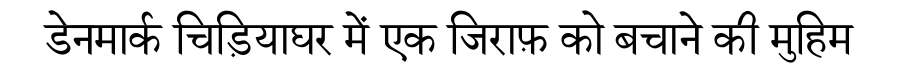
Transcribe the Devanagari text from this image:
डेनमार्क चिड़ियाघर में एक जिराफ़ को बचाने की मुहिम